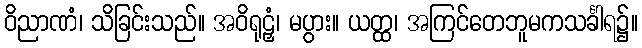
ဝိညာဏံ၊ သိခြင်းသည်။ အဝိရုဠှံ၊ မပွား။ ယတ္ထ၊ အကြင်တေဘူမကသင်္ခါရ၌။